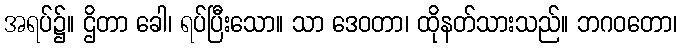
အရပ်၌။ ဌိတာ ခေါ၊ ရပ်ပြီးသော။ သာ ဒေဝတာ၊ ထိုနတ်သားသည်။ ဘဂဝတော၊